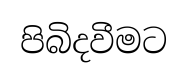
පිබිදවීමට